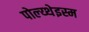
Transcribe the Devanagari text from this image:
पोल्य्थेइस्म